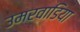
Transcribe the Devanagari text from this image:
उमरवाडिया